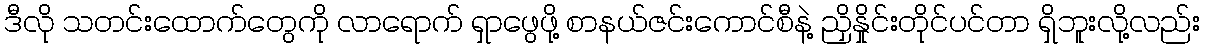
ဒီလို သတင်းထောက်တွေကို လာရောက် ရှာဖွေဖို့ စာနယ်ဇင်းကောင်စီနဲ့ ညှိနှိုင်းတိုင်ပင်တာ ရှိဘူးလို့လည်း